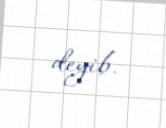
deyib.